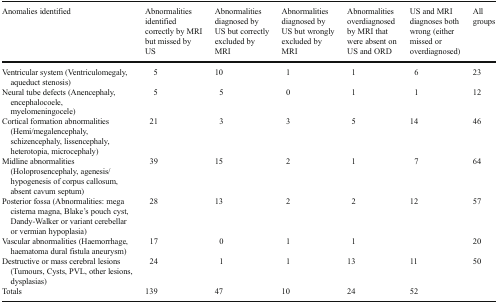
<table><thead><tr><td><b>Anomalies identified</b></td><td><b>Abnormalities identified correctly by MRI but missed by US</b></td><td><b>Abnormalities diagnosed by US but correctly excluded by MRI</b></td><td><b>Abnormalities diagnosed by US but wrongly excluded by MRI</b></td><td><b>Abnormalities overdiagnosed by MRI that were absent on US and ORD</b></td><td><b>US and MRI diagnoses both wrong (either missed or overdiagnosed)</b></td><td><b>All groups</b></td></tr></thead><tbody><tr><td>Ventricular system (Ventriculomegaly, aqueduct stenosis)</td><td>5</td><td>10</td><td>1</td><td>1</td><td>6</td><td>23</td></tr><tr><td>Neural tube defects (Anencephaly, encephalocoele, myelomeningocele)</td><td>5</td><td>5</td><td>0</td><td>1</td><td>1</td><td>12</td></tr><tr><td>Cortical formation abnormalities (Hemi/megalencephaly, schizencephaly, lissencephaly, heterotopia, microcephaly)</td><td>21</td><td>3</td><td>3</td><td>5</td><td>14</td><td>46</td></tr><tr><td>Midline abnormalities (Holoprosencephaly, agenesis/hypogenesis of corpus callosum, absent cavum septum)</td><td>39</td><td>15</td><td>2</td><td>1</td><td>7</td><td>64</td></tr><tr><td>Posterior fossa (Abnormalities: mega cisterna magna, Blake’s pouch cyst, Dandy-Walker or variant cerebellar or vermian hypoplasia)</td><td>28</td><td>13</td><td>2</td><td>2</td><td>12</td><td>57</td></tr><tr><td>Vascular abnormalities (Haemorrhage, haematoma dural fistula aneurysm)</td><td>17</td><td>0</td><td>1</td><td>1</td><td></td><td>20</td></tr><tr><td>Destructive or mass cerebral lesions (Tumours, Cysts, PVL, other lesions, dysplasias)</td><td>24</td><td>1</td><td>1</td><td>13</td><td>11</td><td>50</td></tr><tr><td>Totals</td><td>139</td><td>47</td><td>10</td><td>24</td><td>52</td><td></td></tr></tbody></table>